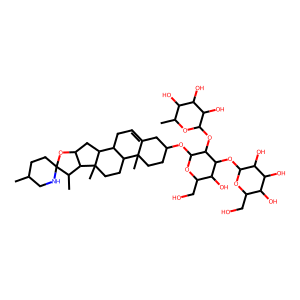
SMILES: CC1CCC2(NC1)OC1CC3C4CC=C5CC(OC6OC(CO)C(O)C(OC7OC(CO)C(O)C(O)C7O)C6OC6OC(C)C(O)C(O)C6O)CCC5(C)C4CCC3(C)C1C2C
Inhibits HIV replication: No